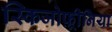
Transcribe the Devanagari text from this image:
स्किजोफ़्रीनिया